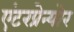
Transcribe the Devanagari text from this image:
एंटरप्रेन्योर